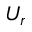
U _ { r }